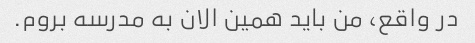
در واقع، من باید همین الان به مدرسه بروم.